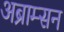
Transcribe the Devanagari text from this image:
अब्राम्सन